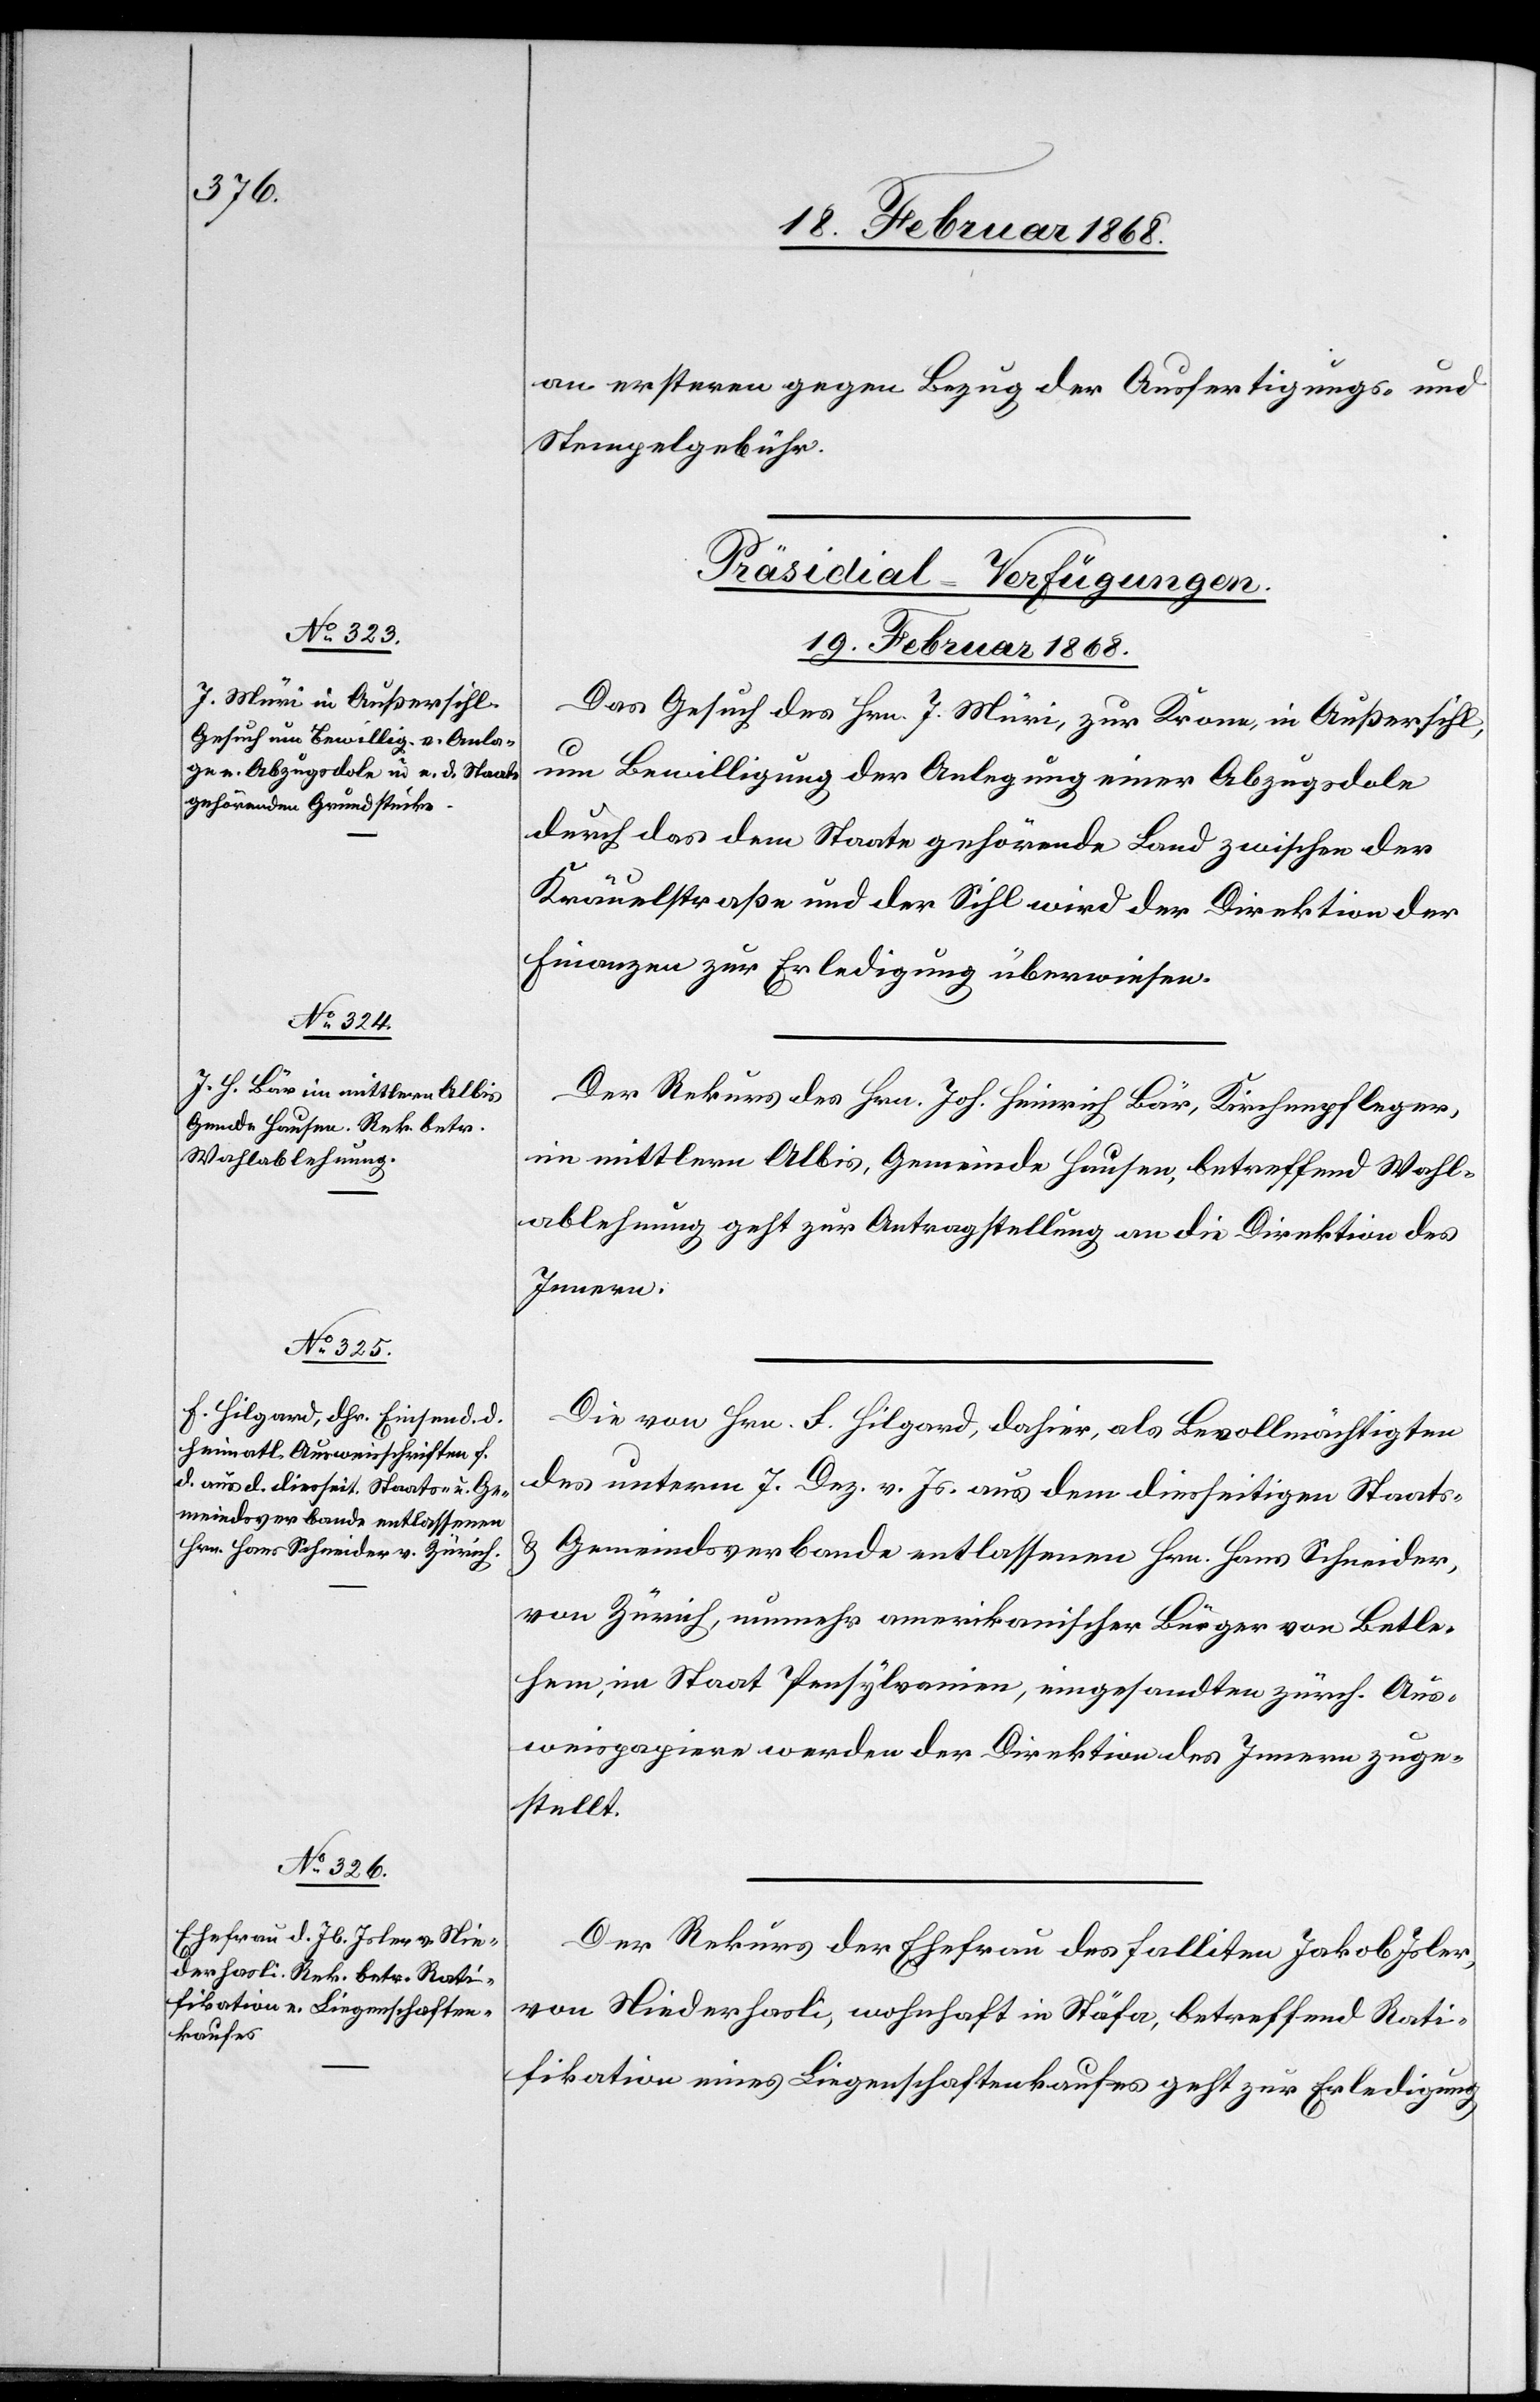
an ersteren gegen Bezug der Ausfertigungs- und
Stempelgebühr.
[Präsidial-Verfügungen.
19. Februar 1868.]
Das Gesuch des Hrn. J. Müri, zur Krone, in Außersihl,
um Bewilligung der Anlegung einer Abzugsdole
durch das dem Staate gehörende Land zwischen der
Kräuelstraße und der Sihl wird der Direktion der
Finanzen zur Erledigung überwiesen.
Der Rekurs des Hrn. Joh. Heinrich Bär, Kirchenpfleger,
im mittlern Albis, Gemeinde Hausen, betreffend Wahl¬
ablehnung geht zur Antragstellung an die Direktion des
Innern.
Die von Hrn. F. Hilgard, dahier, als Bevollmächtigten
des unterm 7. Dez. v. Js. aus dem diesseitigen Staats-
& Gemeindsverbande entlassenen Hrn. Hans Schneider,
von Zürich, nunmehr amerikanischer Bürger von Betle¬
hem, im Staat Pensylvanien, eingesandten zürch. Aus¬
weispapiere werden der Direktion des Innern zuge¬
stellt.
Der Rekurs der Ehefrau des falliten Jakob Isler,
von Niederhasli, wohnhaft in Stäfa, betreffend Rati¬
fikation eines Liegenschaftenkaufes geht zur Erledigung